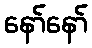
နော်နော်